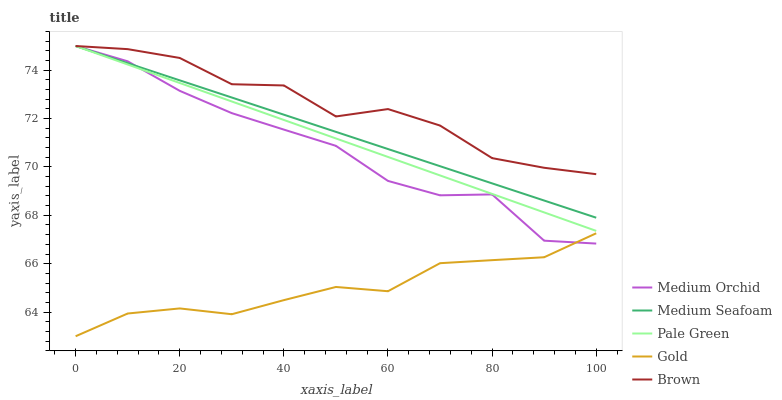
| xaxis_label | Medium Orchid | Medium Seafoam | Pale Green | Gold | Brown |
 | --- | --- | --- | --- | --- | --- |
 | 0 | 75 | 75 | 75 | 63 | 75 |
 | 10 | 74.4 | 74.3 | 74.2 | 63.9 | 74.9 |
 | 20 | 73.1 | 73.6 | 73.5 | 64.2 | 74.5 |
 | 30 | 72.2 | 72.9 | 72.7 | 63.9 | 73.4 |
 | 40 | 71.5 | 72.2 | 71.9 | 64.5 | 73.4 |
 | 50 | 70.9 | 71.5 | 71.2 | 65 | 72.1 |
 | 60 | 69.4 | 70.7 | 70.4 | 64.9 | 72.4 |
 | 70 | 68.8 | 70 | 69.6 | 66 | 71.7 |
 | 80 | 68.9 | 69.3 | 68.9 | 66.1 | 70.4 |
 | 90 | 67 | 68.6 | 68.1 | 66.3 | 70 |
 | 100 | 66.8 | 67.9 | 67.4 | 67.3 | 69.7 |